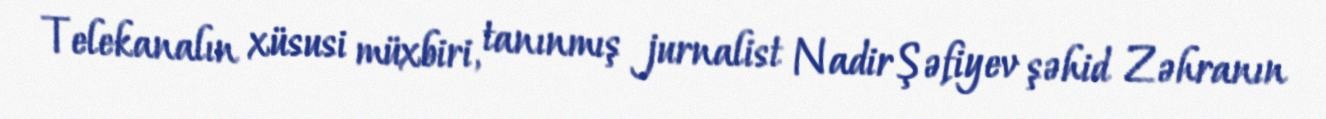
Telekanalın xüsusi müxbiri, tanınmış jurnalist Nadir Şəfiyev şəhid Zəhranın